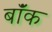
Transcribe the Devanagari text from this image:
बॉंक